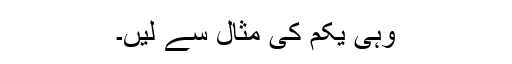
وہی یکم کی مثال سے لیں۔